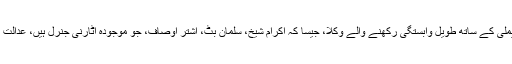
ماضی میں ’’مہربان بنچوں ‘‘ کے سامنے شریف فیملی کے ساتھ طویل وابستگی رکھنے والے وکلا، جیسا کہ اکرام شیخ، سلمان بٹ، اشتر اوصاف، جو موجودہ اٹارنی جنرل ہیں، عدالت میں انصاف یا ’’تعاون‘‘دلانے کے لئے کافی تھے ۔